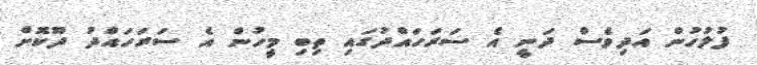
ފުލުހުން އަދިވެސް ދަނީ އެ ސަރަހައްދުގައި ތިބި މީހުން އެ ސަރަހައްދު ދޫކޮށް